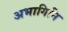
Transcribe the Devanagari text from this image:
अभागिनि